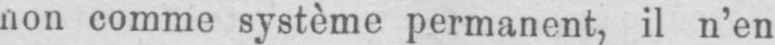
non comme système permanent, il n’en